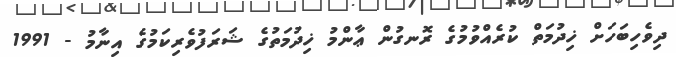
ދިވެހިބަހަށް ޚިދުމަތް ކުރެއްވުމުގެ ރޮނގުން ޢާންމު ޚިދުމަތުގެ ޝަރަފުވެރިކަމުގެ އިނާމު - 1991